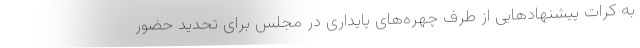
به کرات پیشنهادهایی از طرف چهره‌های پایداری در مجلس برای تحدید حضور